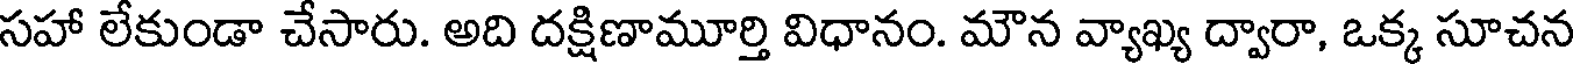
సహా లేకుండా చేసారు. అది దక్షిణామూర్తి విధానం. మౌన వ్యాఖ్య ద్వారా, ఒక్క సూచన